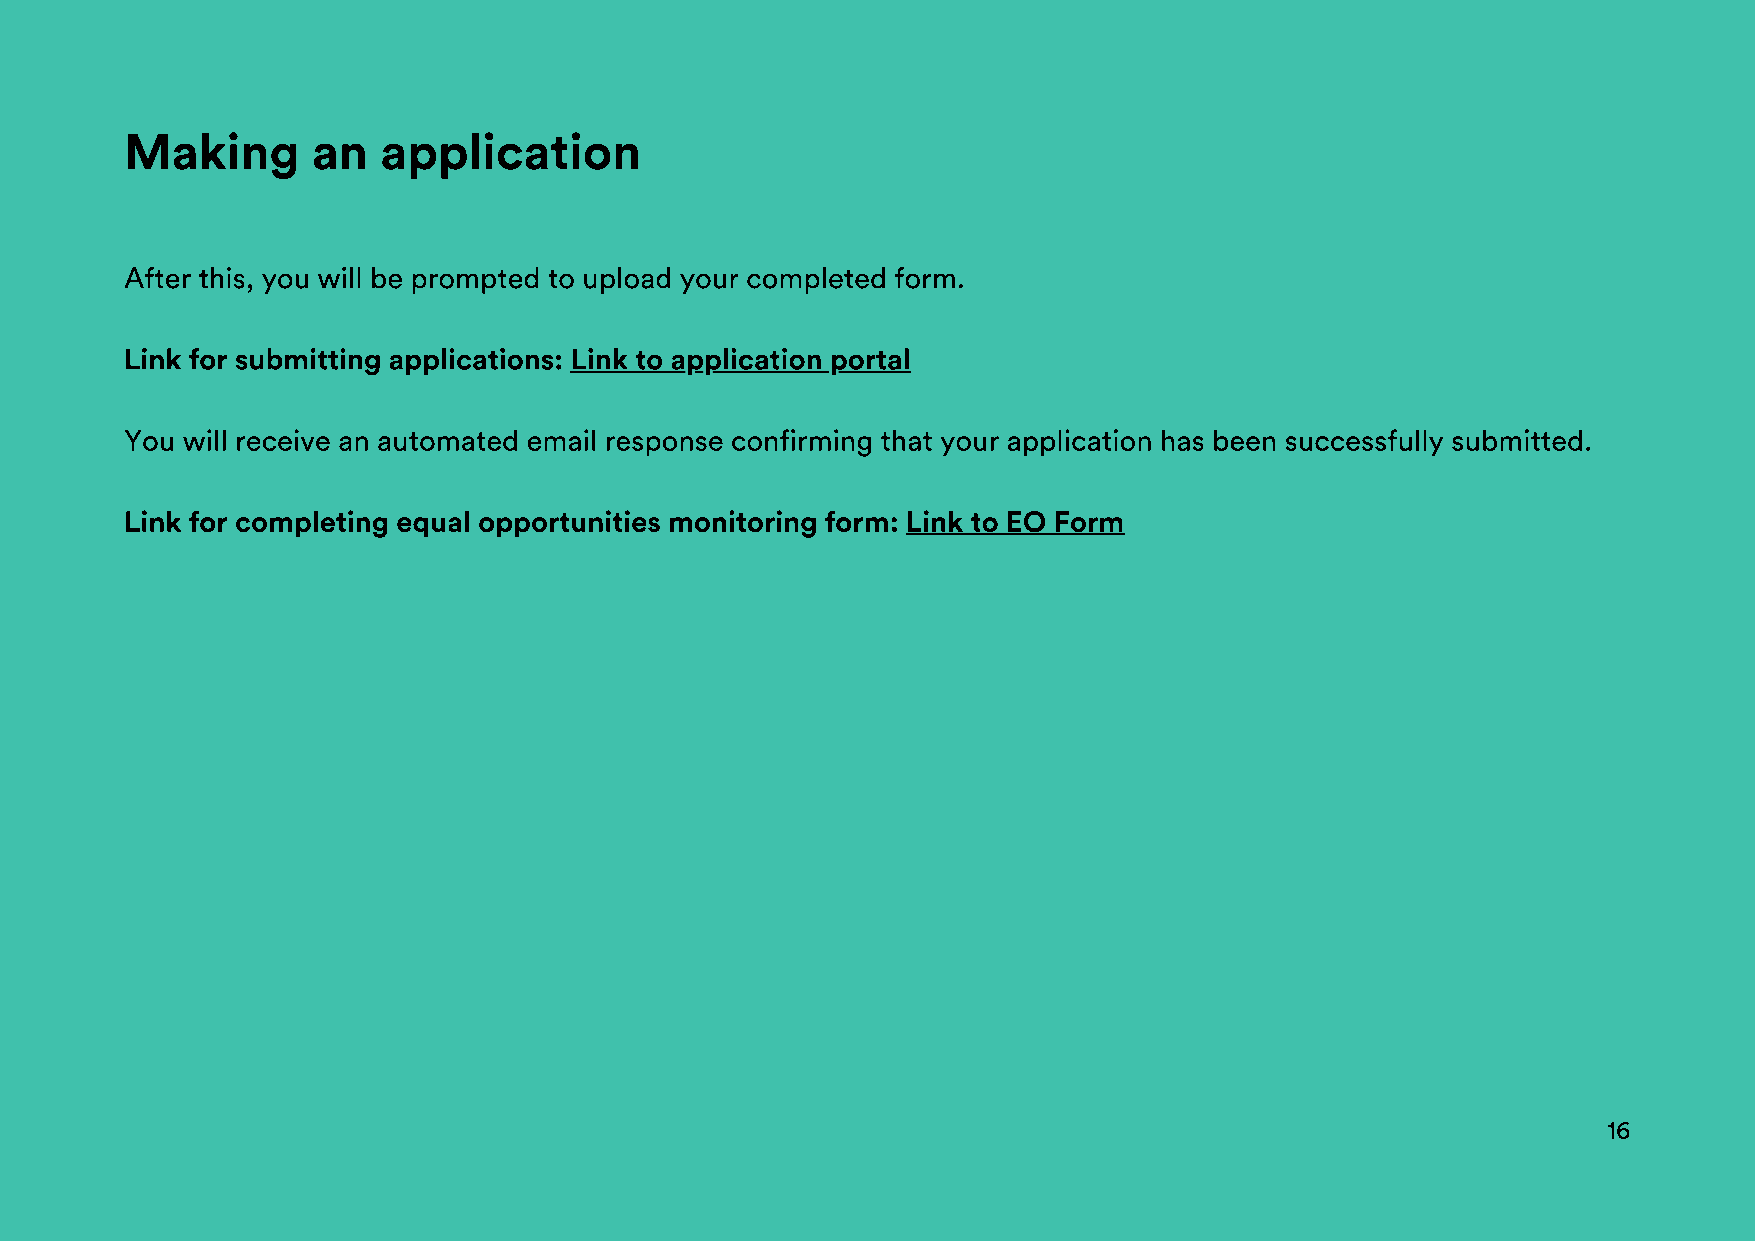
Making       an  application
 After this, you will be prompted to upload your completed form.
 Link for submitting applications: Link to application portal
 You will receive an automated email response confirming that your application has been successfully submitted.
 Link for completing equal opportunities monitoring form: Link to EO Form
 16